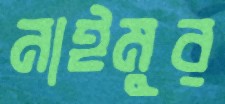
নাঈমুর